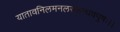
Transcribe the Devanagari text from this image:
यातावनिलमनलस्कन्धवपुषः।।